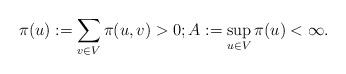
LaTeX: \begin{align*}\pi(u):=\sum_{v\in V}\pi(u,v)>0; A:= \sup_{u\in V}\pi(u) <\infty.\end{align*}